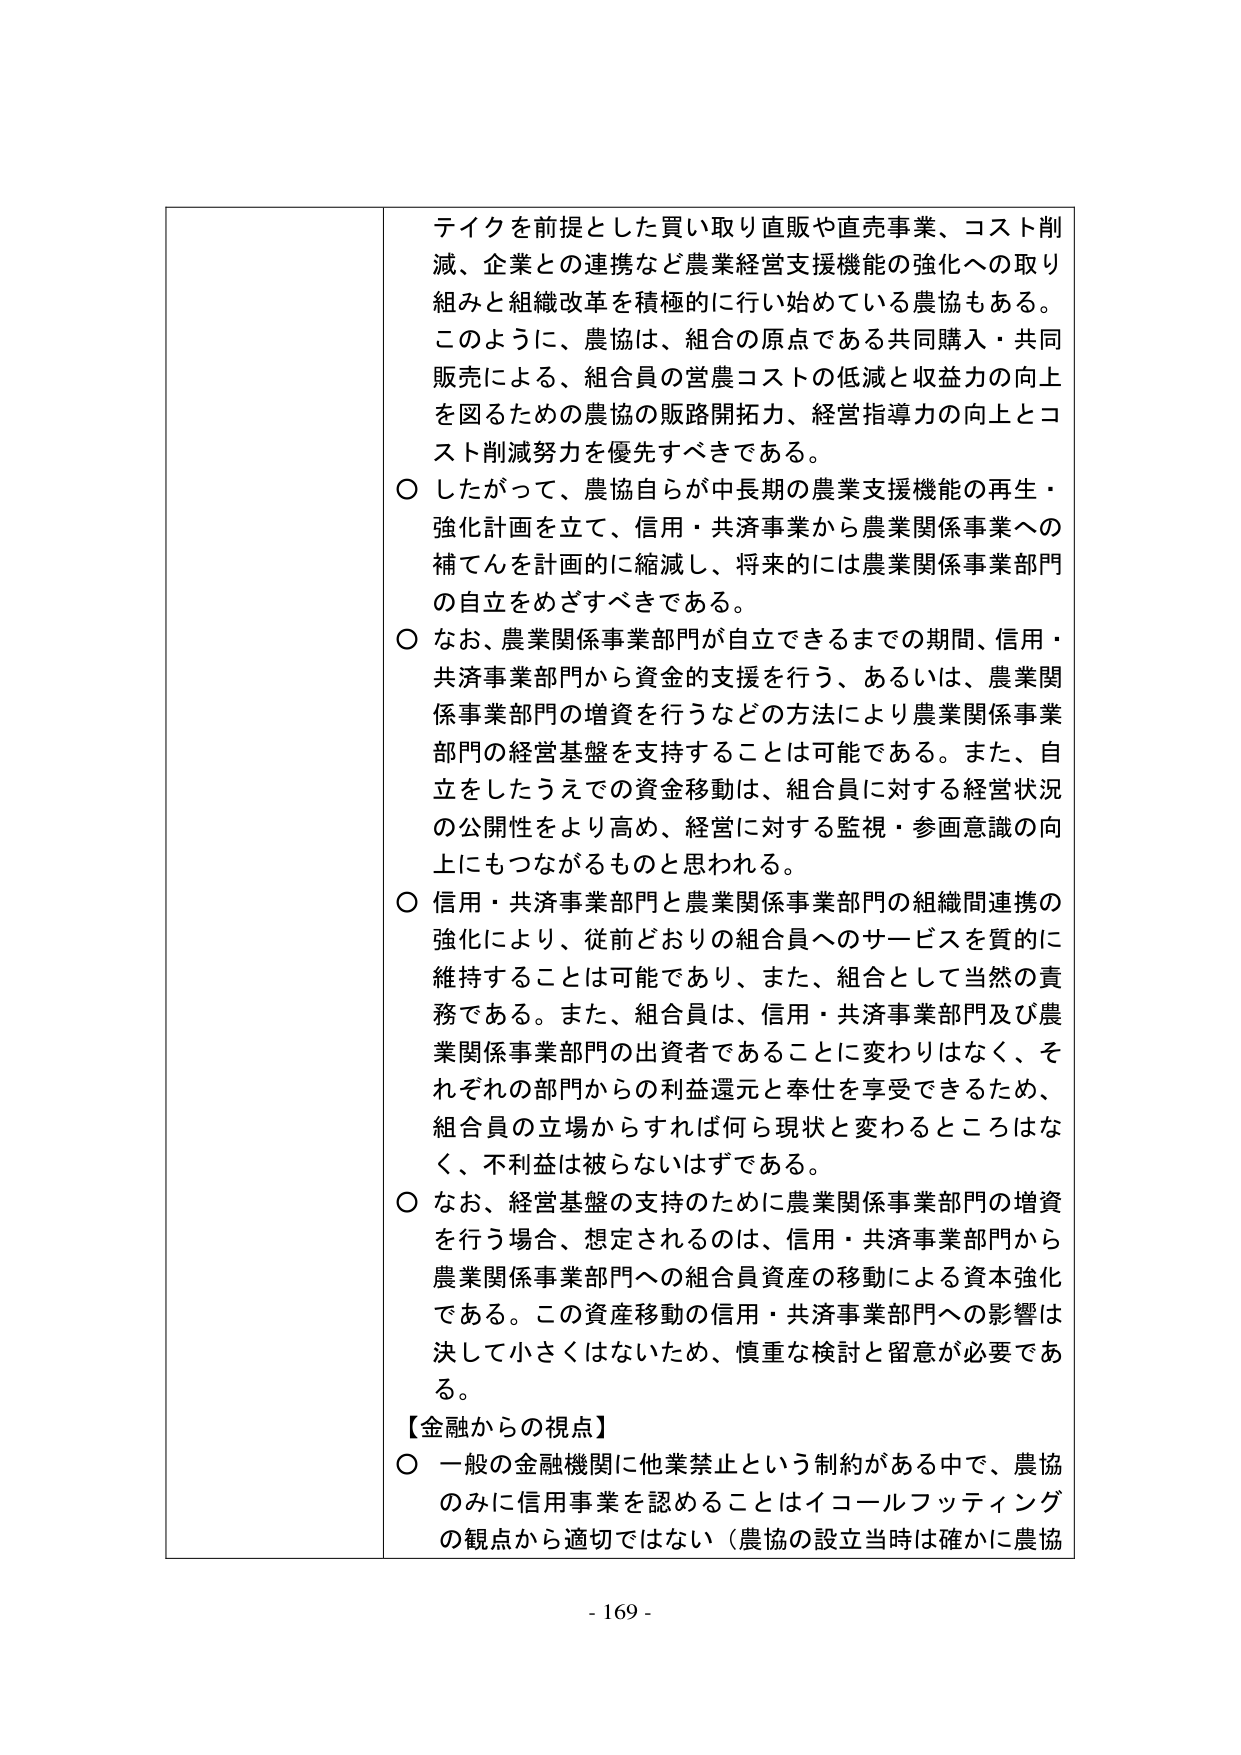
テイクを前提とした買い取り直販や直売事業、コスト削減、企業との連携など農業経営支援機能の強化への取り組みと組織改革を積極的に行い始めている農協もある。このように、農協は、組合の原点である共同購入・共同販売による、組合員の営農コストの低減と収益力の向上を図るための農協の販路開拓力、経営指導力の向上とコスト削減努力を優先すべきである。

○ したがって、農協自らが中長期の農業支援機能の再生・強化計画を立て、信用・共済事業から農業関係事業への補てんを計画的に縮減し、将来的には農業関係事業部門の自立をめざすべきである。

○ なお、農業関係事業部門が自立できるまでの期間、信用・共済事業部門から資金的支援を行う、あるいは、農業関係事業部門の増資を行うなどの方法により農業関係事業部門の経営基盤を支持することは可能である。また、自立をしたうえでの資金移動は、組合員に対する経営状況の公開性をより高め、経営に対する監視・参画意識の向上にもつながるものと思われる。

○ 信用・共済事業部門と農業関係事業部門の組織間連携の強化により、従前どおりの組合員へのサービスを質的に維持することは可能であり、また、組合として当然の責務である。また、組合員は、信用・共済事業部門及び農業関係事業部門の出資者であることに変わりはなく、それぞれの部門からの利益還元と奉仕を享受できるため、組合員の立場からすれば何ら現状と変わるとこはなく、不利益は被らないはずである。

○ なお、経営基盤の支持のために農業関係事業部門の増資を行う場合、想定されるのは、信用・共済事業部門から農業関係事業部門への組合員資産の移動による資本強化である。この資産移動の信用・共済事業部門への影響は決して小さくはないため、慎重な検討と留意が必要である。

【金融からの視点】

○ 一般の金融機関に他業禁止という制約がある中で、農協のみに信用事業を認めることはイコールフッティングの観点から適切ではない（農協の設立当時は確かに農協

- 169 -